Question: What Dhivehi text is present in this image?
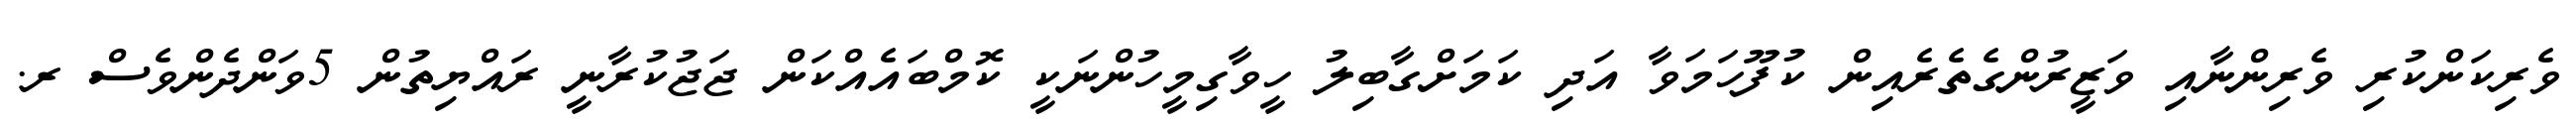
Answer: ވެރިކަންކުރި ވެރިންނާއި ވަޒީރުންގެތެރެއިން ކުފޫހަމަވާ އަދި ކަމަށްގާބިލު ހީވާގިމީހުންނަކީ ކޮމްބައެއްކަން ޖަޖުކުރާނީ ރައްޔިތުން 5ވަންދެންވެސް ރ.